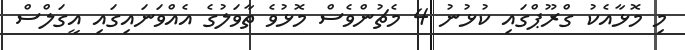
މި މޮޅާއެކު ގްރޫޕްގައި ކުޅުނު 4 މެޗުންވެސް މޮޅުވެ ތާވަލުގެ އެއްވަނައިގައި އީގަލްސް